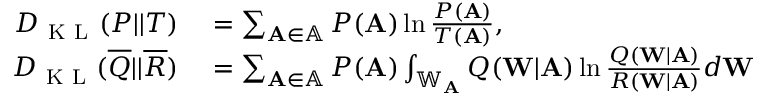
\begin{array} { r l } { D _ { \mathrm { ~ K ~ L ~ } } ( P | | T ) } & { { } = \sum _ { \mathbf { A } \in \mathbb { A } } P ( \mathbf { A } ) \ln \frac { P ( \mathbf { A } ) } { T ( \mathbf { A } ) } , } \\ { D _ { \mathrm { ~ K ~ L ~ } } ( \overline { { Q } } | | \overline { { R } } ) } & { { } = \sum _ { \mathbf { A } \in \mathbb { A } } P ( \mathbf { A } ) \int _ { \mathbb { W } _ { \mathbf { A } } } Q ( \mathbf { W } | \mathbf { A } ) \ln \frac { Q ( \mathbf { W } | \mathbf { A } ) } { R ( \mathbf { W } | \mathbf { A } ) } d \mathbf { W } } \end{array}